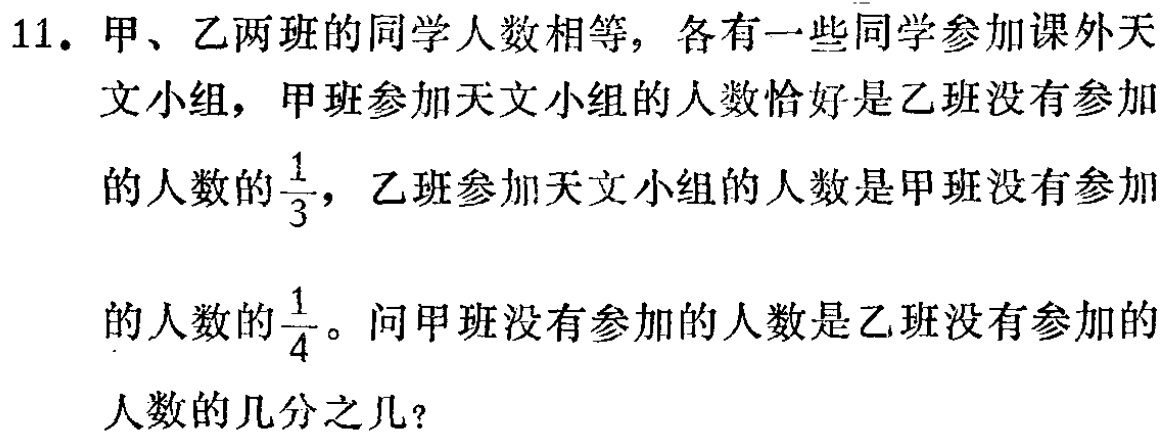
11. 甲、乙两班的同学人数相等，各有一些同学参加课外天文小组，甲班参加天文小组的人数恰好是乙班没有参加的人数的$\frac{1}{3}$，乙班参加天文小组的人数是甲班没有参加的人数的$\frac{1}{4}$。问甲班没有参加的人数是乙班没有参加的人数的几分之几？